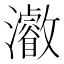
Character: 𱪐